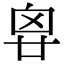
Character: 𠂺